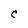
Character: C